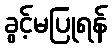
ခွင့်မပြုရန်